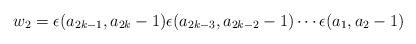
LaTeX: \begin{align*}w_2 = \epsilon(a_{2k-1},a_{2k}-1)\epsilon(a_{2k-3},a_{2k-2}-1)\cdots\epsilon(a_1,a_2-1)\end{align*}